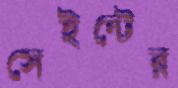
সেইন্টের